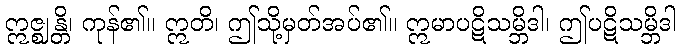
ဣဇ္ဈန္တိ၊ ကုန်၏။ ဣတိ၊ ဤသို့မှတ်အပ်၏။ ဣမာပဋိသမ္ဘိဒါ၊ ဤပဋိသမ္ဘိဒါ